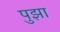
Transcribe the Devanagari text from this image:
पुझा